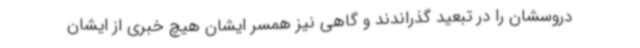
دروسشان را در تبعید گذراندند و گاهی نیز همسر ایشان هیچ خبری از ایشان